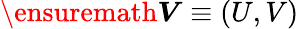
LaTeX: \ensuremath{\boldsymbol{V}}\equiv(U,V)